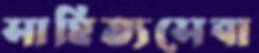
সাহিত্যসেবা